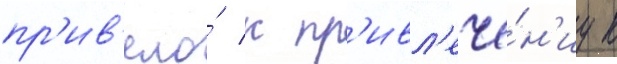
пр'ив'ело́ к пр'ивл'ече́н'иу к